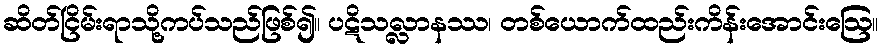
ဆိတ်ငြိမ်းရာသို့ကပ်သည်ဖြစ်၍။ ပဋိသလ္လာနဿ၊ တစ်ယောက်ထည်းကိန်းအောင်းဩေ။